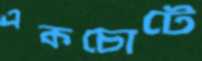
একচোটে